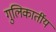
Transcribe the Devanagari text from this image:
गुलिकार्तीय